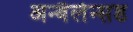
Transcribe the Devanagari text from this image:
अन्बैलेन्सड